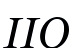
ІІО